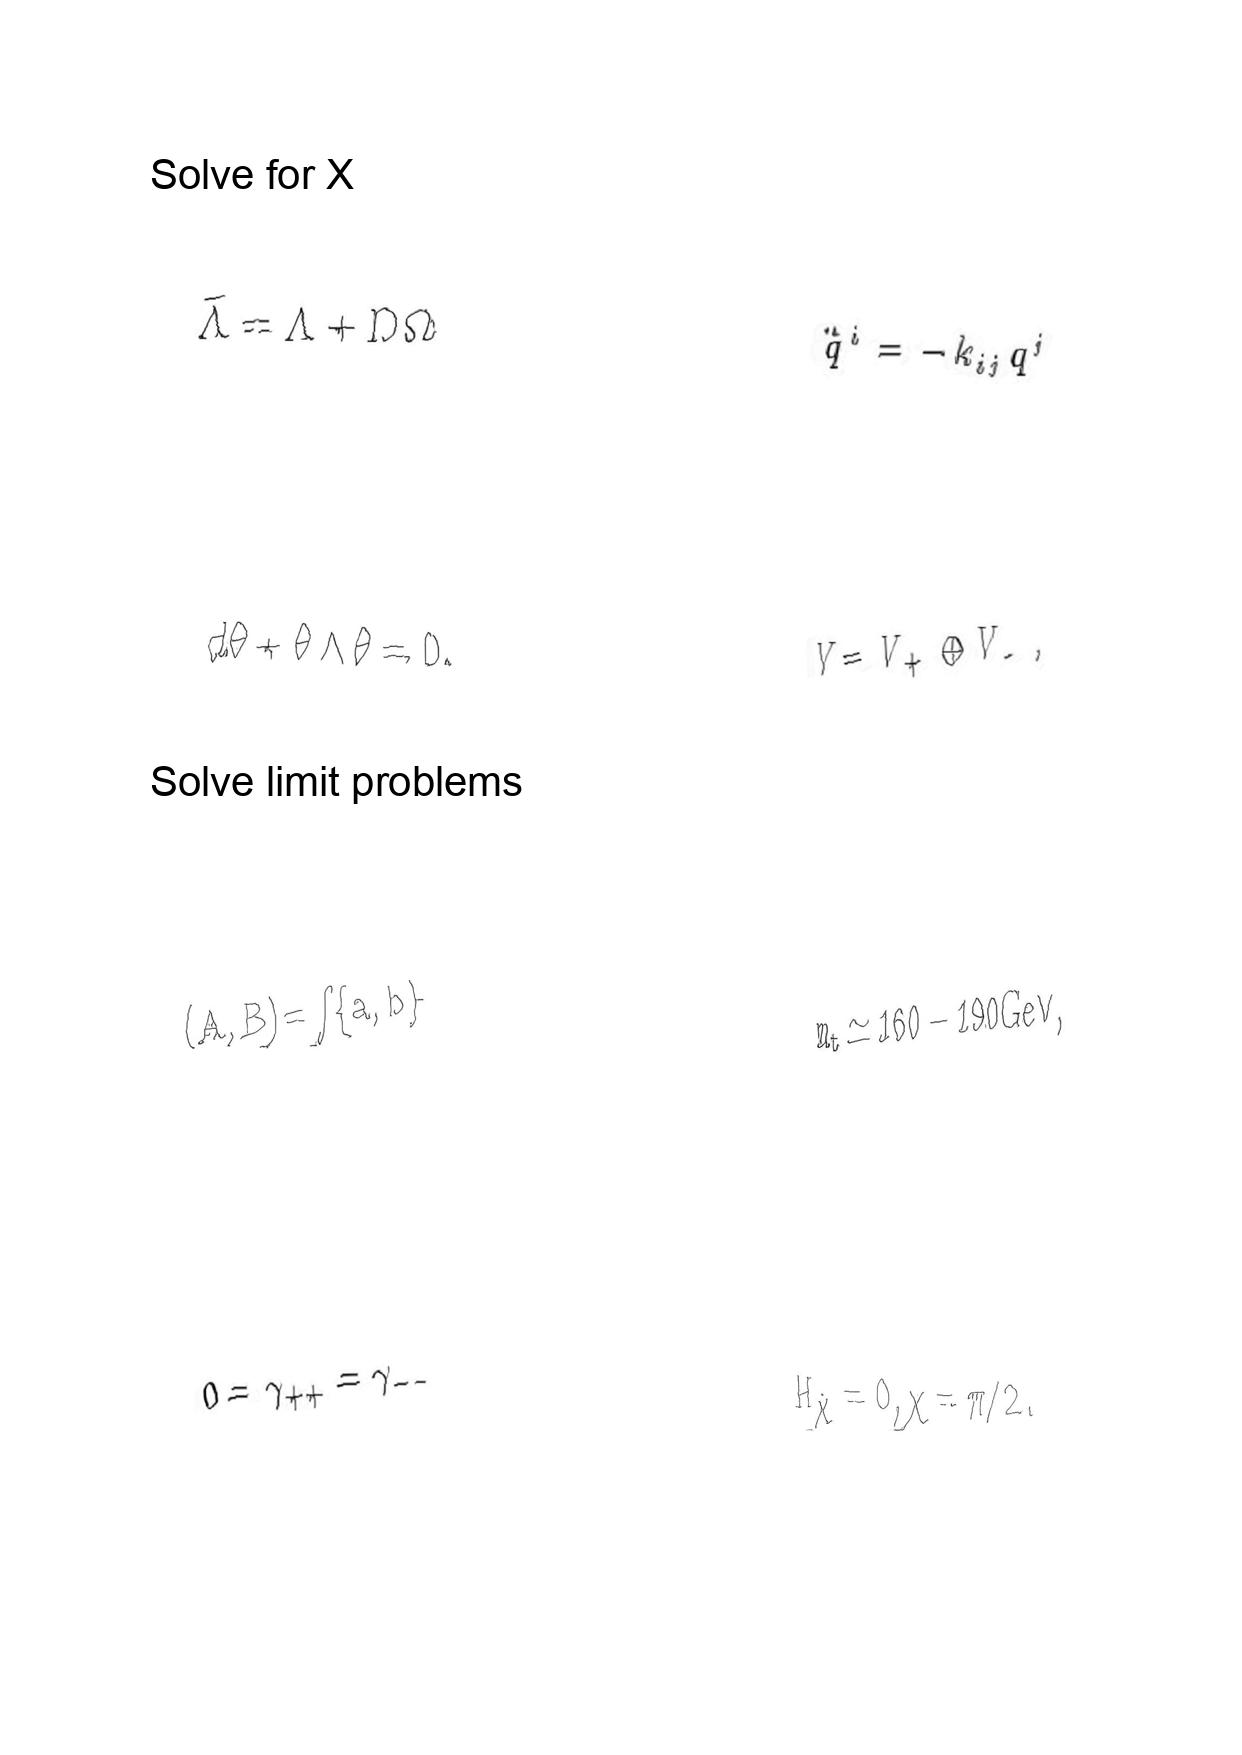
LaTeX transcription:
\tilde { \Lambda } = \Lambda + D \Omega
d \theta + \theta \wedge \theta = 0 .
\lparen A , B \rparen = \int \lbrace a , b \rbrace
0 = \gamma _ { + + } = \gamma _ { - - }
\ddot { q } ^ { i } = - k _ { i j } q ^ { j }
V = V _ { + } \oplus V _ { - } ,
m _ { t } \simeq 1 6 0 - 1 9 0 \mathrm { G e V } ,
H _ { \hat { \chi } } = 0 , \chi = \pi / 2 .